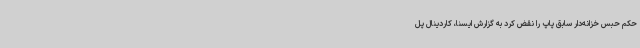
حکم حبس خزانه‌دار سابق پاپ را نقض کرد به گزارش ایسنا، کاردینال پل